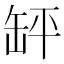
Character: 䍈